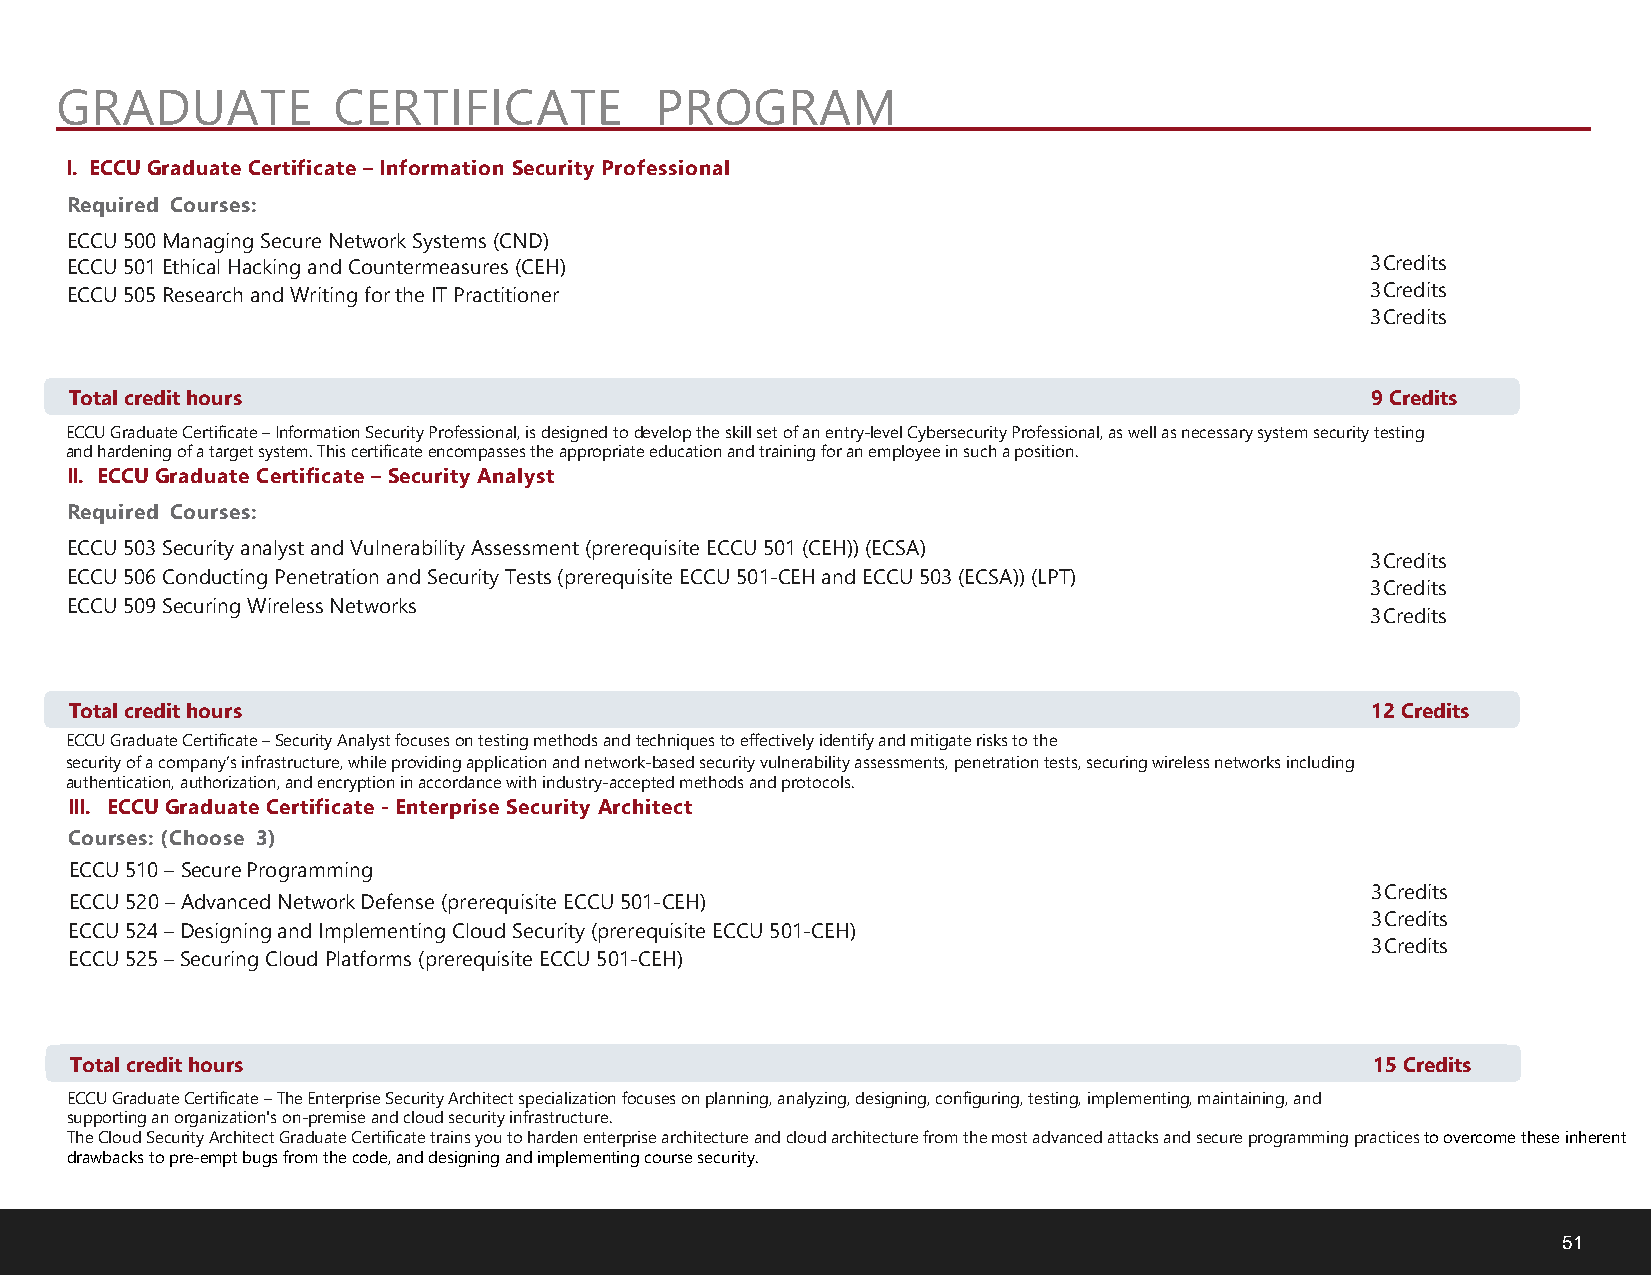
GRADUATE          CERTIFICATE          PROGRAM
 I. ECCU Graduate Certificate – Information Security Professional
 Required Courses:
 ECCU 500 Managing Secure Network Systems (CND)
 ECCU 501 Ethical Hacking and Countermeasures (CEH)                                     3 Credits
 ECCU 505 Research and Writing for the IT Practitioner                                  3 Credits
 3 Credits
 Total credit hours                                                                    9 Credits
 ECCU Graduate Certificate – Information Security Professional, is designed to develop the skill set of an entry-level Cybersecurity Professional, as well as necessary system security testing
 and hardening of a target system. This certificate encompasses the appropriate education and training for an employee in such a position.
 II. ECCU Graduate Certificate – Security Analyst
 Required Courses:
 ECCU 503 Security analyst and Vulnerability Assessment (prerequisite ECCU 501 (CEH)) (ECSA)
 3 Credits
 ECCU 506 Conducting Penetration and Security Tests (prerequisite ECCU 501-CEH and ECCU 503 (ECSA)) (LPT)
 3 Credits
 ECCU 509 Securing Wireless Networks
 3 Credits
 Total credit hours                                                                    12 Credits
 ECCU Graduate Certificate – Security Analyst focuses on testing methods and techniques to effectively identify and mitigate risks to the
 security of a company’s infrastructure, while providing application and network-based security vulnerability assessments, penetration tests, securing wireless networks including
 authentication, authorization, and encryption in accordance with industry-accepted methods and protocols.
 III. ECCU Graduate Certificate - Enterprise Security Architect
 Courses: (Choose 3)
 ECCU 510 – Secure Programming
 3 Credits
 ECCU 520 – Advanced Network Defense (prerequisite ECCU 501-CEH)
 3 Credits
 ECCU 524 – Designing and Implementing Cloud Security (prerequisite ECCU 501-CEH)
 3 Credits
 ECCU 525 – Securing Cloud Platforms (prerequisite ECCU 501-CEH)
 Total credit hours                                                                    15 Credits
 ECCU Graduate Certificate – The Enterprise Security Architect specialization focuses on planning, analyzing, designing, configuring, testing, implementing, maintaining, and
 supporting an organization's on-premise and cloud security infrastructure.
 The Cloud Security Architect Graduate Certificate trains you to harden enterprise architecture and cloud architecture from the most advanced attacks and secure programming practices to overcome these inherent
 drawbacks to pre-empt bugs from the code, and designing and implementing course security.
 51